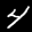
Label: 4